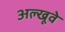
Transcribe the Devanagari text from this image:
अल्खूवे